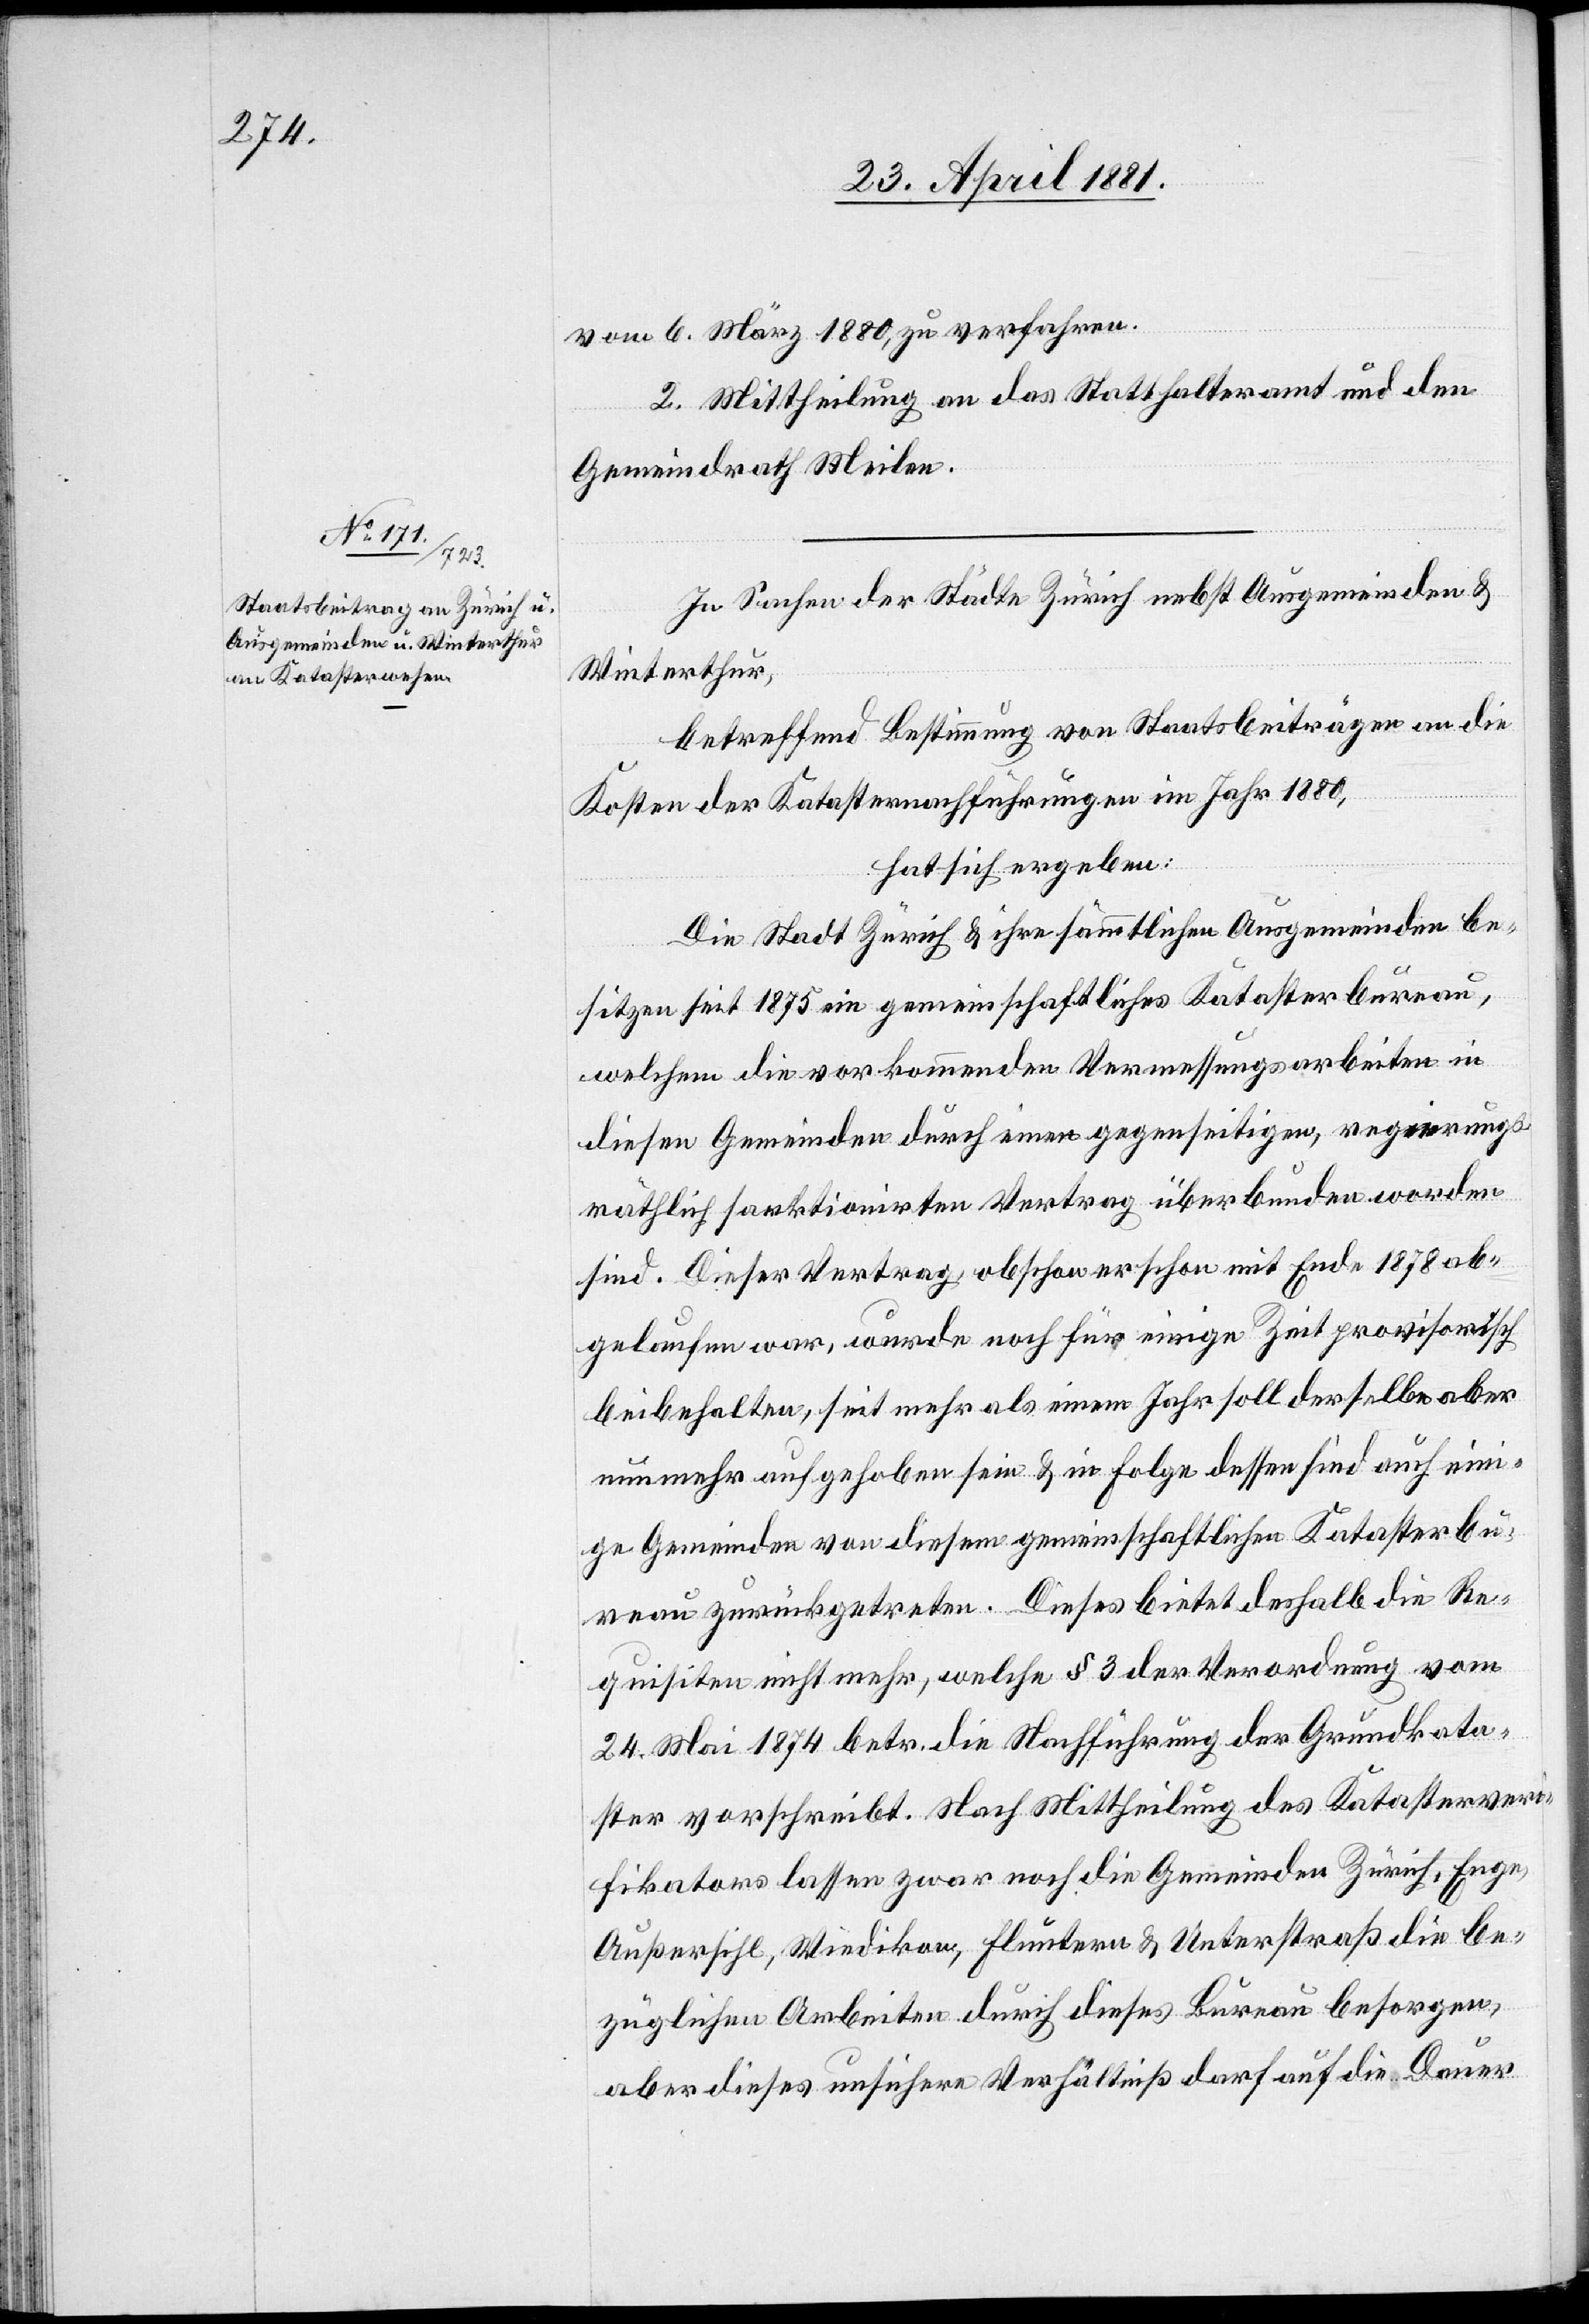
vom 6. März 1880 zu verfahren.
2. Mittheilung an das Statthalteramt und den
Gemeindrath Meilen.
In Sachen der Städte Zürich nebst Ausgemeinden &
Winterthur,
betreffend Bestimmung von Staatsbeiträgen an die
Kosten der Katasternachführungen im Jahr 1880,
Dauer
hat sich ergeben:
Die Stadt Zürich & ihre sämtlichen Ausgemeinden be¬
sitzen seit 1875 ein gemeinschaftliches Katasterbureau,
welchem die vorkommenden Vermessungsarbeiten in
diesen Gemeinden durch einen gegenseitigen, regierung¬
sräthlich sanktionirten Vertrag überbunden worden
sind. Dieser Vertrag, obschon er schon mit Ende 1878 ab¬
gelaufen war, wurde noch für einige Zeit provisorisch
beibehalten, seit mehr als einem Jahr soll derselbe aber
nunmehr aufgehoben sein & in Folge dessen sind auch eini¬
ge Gemeinden von diesem gemeinschaftlichen Katasterbu¬
reau zurückgetreten. Dieses bietet deshalb die Re¬
quisiten nicht mehr, welche § 3 der Verordnung vom
24. Mai 1874 betr. die Nachführung der Grundkata¬
ster vorschreibt. Nach Mittheilung des Katasterveri¬
fikators lassen zwar noch die Gemeinden Zürich, Enge,
Außersihl, Wiedikon, Fluntern & Unterstraß die be¬
züglichen Arbeiten durch dieses Bureau besorgen,